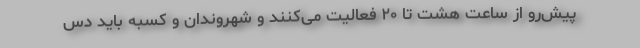
پیش‌رو از ساعت هشت تا ۲۰ فعالیت می‌کنند و شهروندان و کسبه باید دس